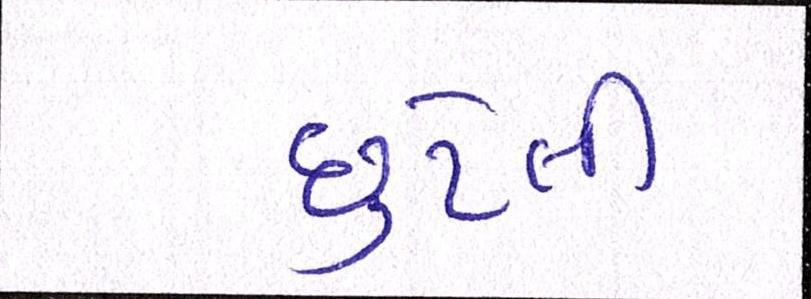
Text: છુટેલી